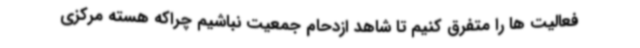
فعالیت ها را متفرق کنیم تا شاهد ازدحام جمعیت نباشیم چراکه هسته مرکزی